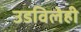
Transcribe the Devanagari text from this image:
उडविलेही